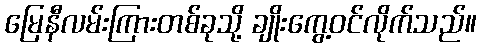
မြေနီလမ်းကြားတစ်ခုသို့ ချိုးကွေ့ဝင်လိုက်သည်။